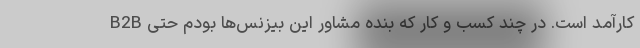
B2B کارآمد است. در چند کسب و کار که بنده مشاور این بیزنس‌ها بودم حتی